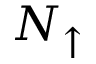
N _ { \uparrow }